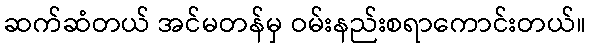
ဆက်ဆံတယ် အင်မတန်မှ ဝမ်းနည်းစရာကောင်းတယ်။